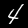
Digit: 4